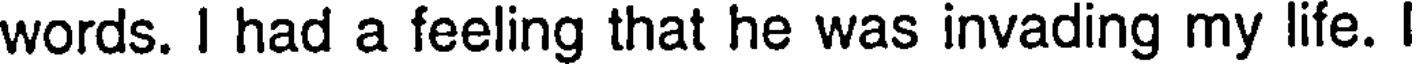
words. I had a feeling that he was invading my life.